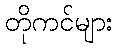
တိုကင်များ